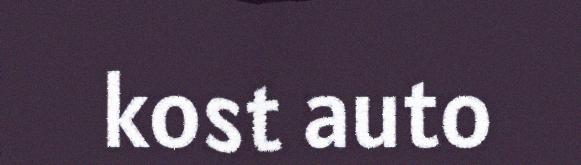
kost auto